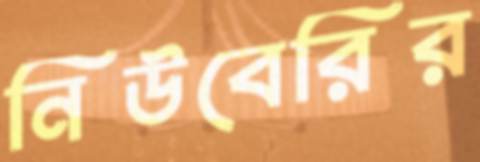
নিউবেরির